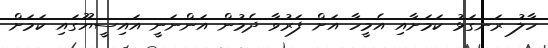
ހާލު ރަނގަޅު ކަމަށާއި އެމީހާ އަށް ފަރުވާ ދެމުން އަންނަނީ އައިސީޔޫގައި ކަމަށް